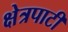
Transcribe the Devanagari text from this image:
क्षेत्रपाटी